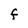
Character: F